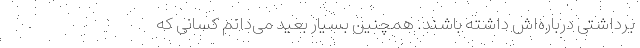
برداشتی درباره‌اش داشته باشند. همچنین بسیار بعید می‌دانم کسانی که